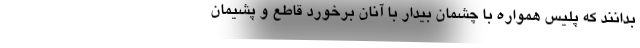
بدانند که پلیس همواره با چشمان بیدار با آنان برخورد قاطع و پشیمان